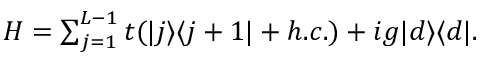
\begin{array} { r } { H = \sum _ { j = 1 } ^ { L - 1 } t ( | j \rangle \langle j + 1 | + h . c . ) + i g | d \rangle \langle d | . } \end{array}